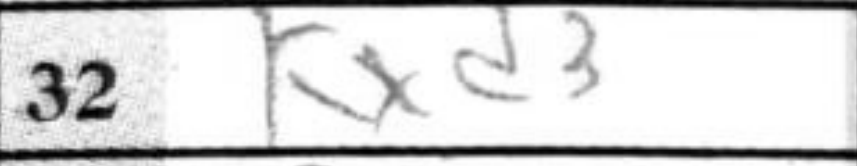
Transcription: Kxd3